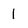
Character: 1